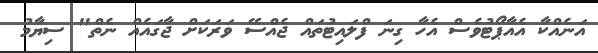
އަނެއްކާ އެއާޕޯޓުވެސް އެހާ ގިނަ ފްލައިޓުތައް ޖެއްސޭ ވަރަކަށް ޖާގައެއް ނެތް" ސިޔާމު